Report on vaccination North-West Frontier Province 1904-1922 - 1904-1922
Year: 1904
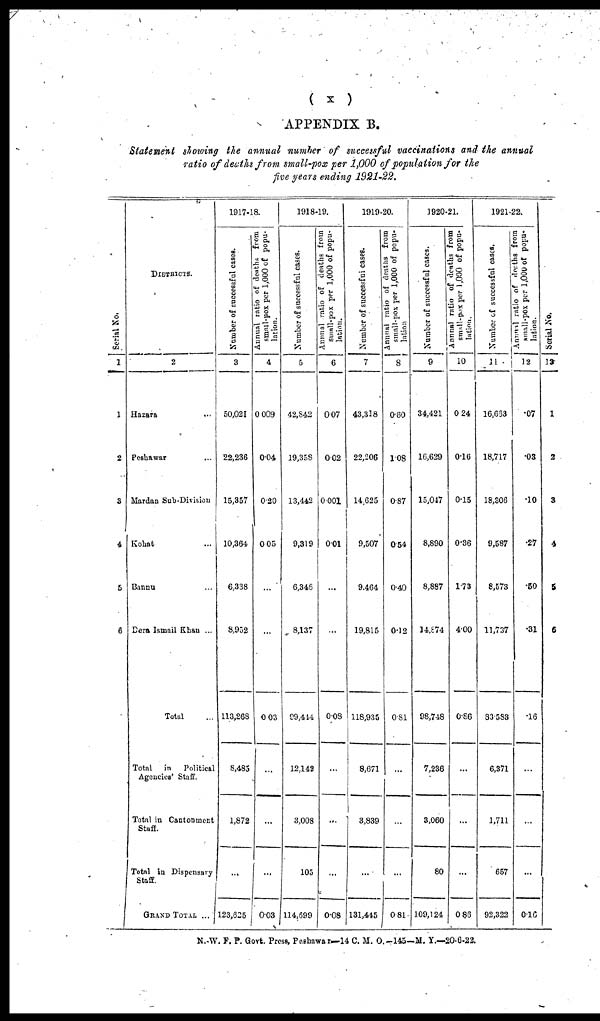
( x )
APPENDIX B.
Statement showing the annual number of successful vaccinations and the annual
ratio of deaths from small-pox per 1,000 of population for the
five years ending 1921-22.
Serial No.
1
1
2
3
4
5
6
DISTRICTS.
2
Hazara ...
Peshawar ...
Mardan Sub-Division
Kohat ...
Bannu ...
Dera Ismail Khan ...
Total ...
Total in
Political
Agencies' Staff.
Total in Cantonment
Staff.
Total in Dispensary
Staff.
GRAND TOTAL ...
1917-18.
Number of successful cases.
3
50,021
22,236
15,357
10,364
6,338
8,952
113,268
8,485
1,872
...
123,625
Annual ratio of deaths from
small-pox per 1,000 of popu-
lation.
4
0,009
0.04
0.20
0.05
...
...
0.03
...
...
...
0.03
1918-19.
Number of successful cases.
5
42,842
19,358
13,442
9,319
6,346
8,137
99,444
12,142
3,008
105
114,699
Annual ratio of deaths from
small-pox per 1,000 of popu-
lation.
6
0.07
0.02
0.001
0.01
...
...
0.08
...
...
...
0.08
1919-20.
Number of successful cases.
7
43,318
22,206
14,625
9,507
9,464
19,815
118,935
8,671
3,839
...
131,445
Annual ratio of deaths from
small-pox per 1,000 of popu-
lation
8
0.60
1.08
0.87
0.54
0.40
0.12
0.81
...
...
...
0.81
1920-21.
Number of successful cases.
9
34,421
16,629
15,047
8,890
8,887
14,874
98,748
7,236
3,060
80
109,124
Annual ratio of deaths from
small-pox per 1,000 of popu-
lation.
10
0.24
0.16
0.15
0.36
1.73
4.00
0.86
...
...
...
0.86
1921-22.
Number of successful cases.
11
16,663
18,717
18,306
9,587
8,573
11,737
83.583
6,371
1,711
657
92,322
Annual
ratio of deaths from
small-pox per 1,000 of popu-
lation.
12
.07
.03
.10
.27
.50
.31
.16
...
...
...
0.16
Serial No.
13
1
2
3
4
5
6
N.-W. F. P. Govt. Press, Peshawar—14 C. M. O.—145—M. Y.—20-6-22.